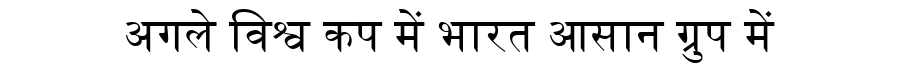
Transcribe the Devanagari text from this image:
अगले विश्व कप में भारत आसान ग्रुप में